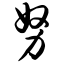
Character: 努